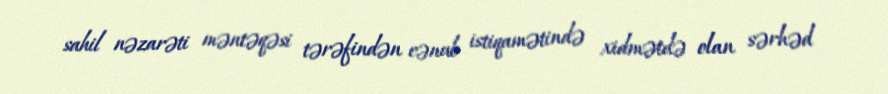
sahil nəzarəti məntəqəsi tərəfindən cənub istiqamətində xidmətdə olan sərhəd